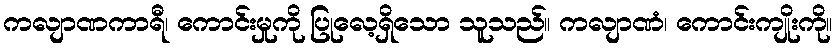
ကလျာဏကာရီ၊ ကောင်းမှုကို ပြုလေ့ရှိသော သူသည်။ ကလျာဏံ၊ ကောင်းကျိုးကို။